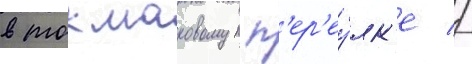
в токмаковом п'ер'еу́лк'е //